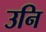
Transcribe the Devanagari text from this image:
उनि